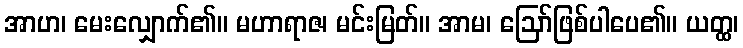
အာဟ၊ မေးလျှောက်၏။ မဟာရာဇ၊ မင်းမြတ်။ အာမ၊ ဩော်ဖြစ်ပါပေ၏။ ယတ္ထ၊